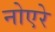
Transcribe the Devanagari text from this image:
नोएरे